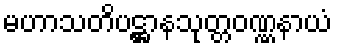
မဟာသတိပဋ္ဌာနသုတ္တဝဏ္ဏနာယံ